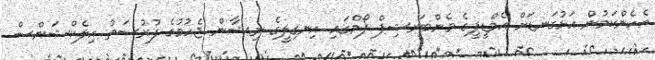
އެހެންކަމުން އަޅުގަނޑަށް އެމްޑީޕީގެ މެންބަރޝިޕް ފޯމްގައި އިނގިލީގެ ނިޝާން ޖެހުމުގެ ފުރުސަތު އިލެކްޝަންސް